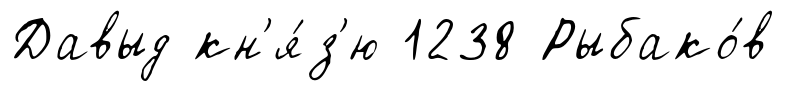
Давыд кн'я́з'ю 1238 Рыбако́в